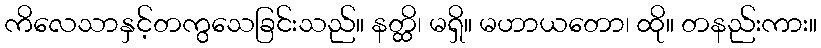
ကိလေသာနှင့်တကွသေခြင်းသည်။ နတ္ထိ၊ မရှိ။ မဟာယတော၊ ထို။ တနည်းကား။